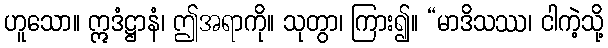
ဟူသော။ ဣဒံဋ္ဌာနံ၊ ဤအရာကို။ သုတွာ၊ ကြား၍။ “မာဒိသဿ၊ ငါကဲ့သို့